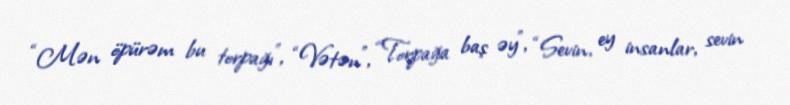
“Mən öpürəm bu torpağı”, “Vətən”, “Torpağa baş əy”, “Sevin, ey insanlar, sevin